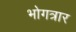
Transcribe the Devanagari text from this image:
भोगत्रार